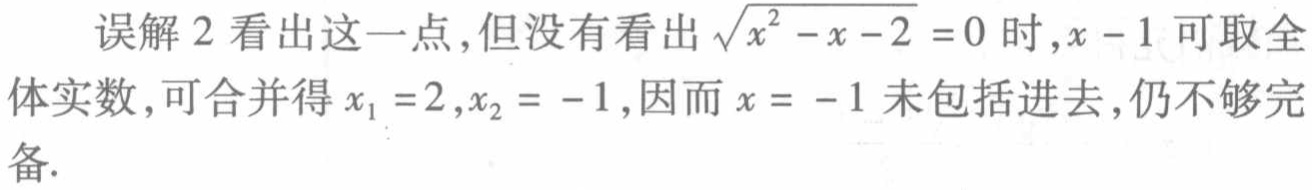
误解 2 看出这一点,但没有看出$\sqrt{x^{2}-x - 2}=0$时,$x - 1$可取全体实数,可合并得$x_{1}=2,x_{2}=-1$,因而$x=-1$未包括进去,仍不够完备.